Vaccination in the Punjab 1919-1929 - 1919-1929
Year: 1919
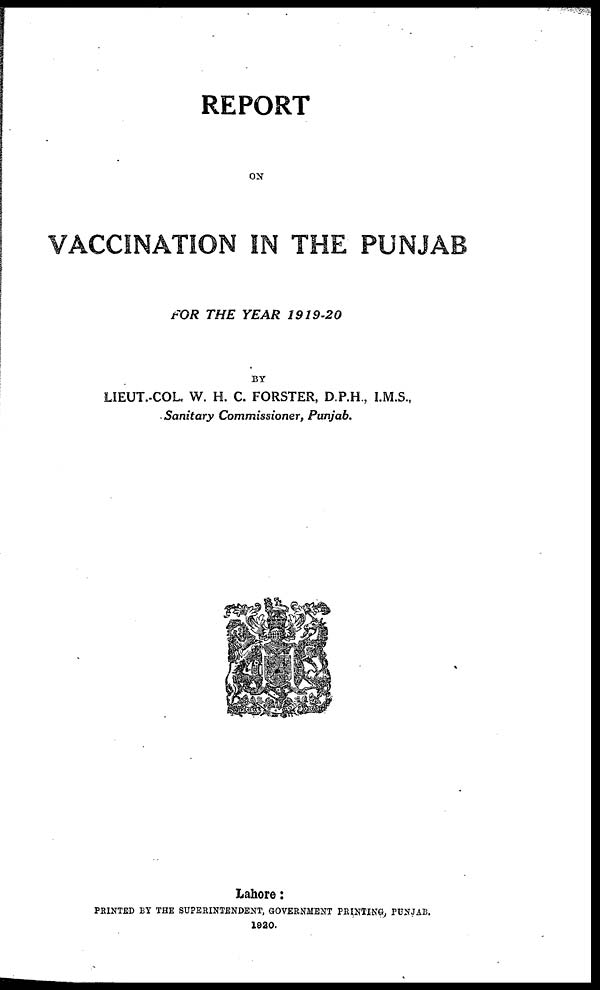
REPORT
ON
VACCINATION IN THE PUNJAB
FOR THE YEAR
1919-20
BY
LIEUT.-COL. W. H. C. FORSTER, D.P.H., I.M.S.,
Sanitary Commissioner, Punjab.
Lahore:
PRINTED BY THE SUPERINTENDENT, GOVERNMENT PRINTING, PUNJAB.
1920.